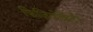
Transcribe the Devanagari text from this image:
फिज़ियोक्रैटों